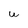
Character: W